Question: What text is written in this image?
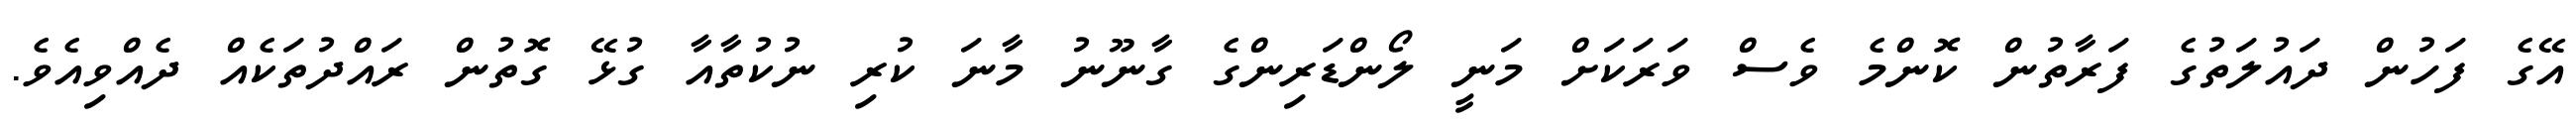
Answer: އޭގެ ފަހުން ދައުލަތުގެ ފަރާތުން ކޮންމެ ވެސް ވަރަކަށް މަނީ ލޯންޑަރިންގެ ގާނޫނު މާނަ ކުރި ނުކުތާއާ ގުޅޭ ގޮތުން ރައްދުތަކެއް ދެއްވިއެވެ.